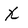
Character: X